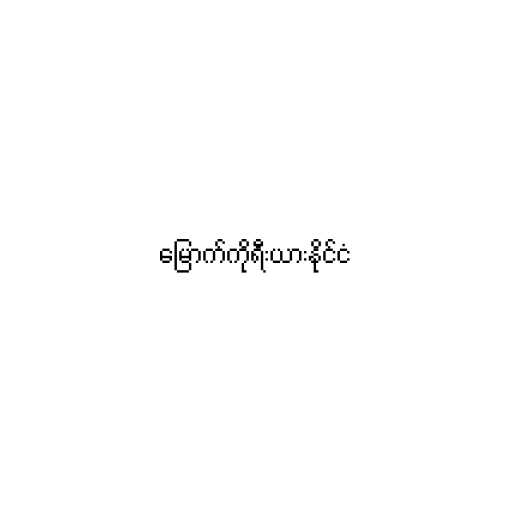
မြောက်ကိုရီးယားနိုင်ငံ